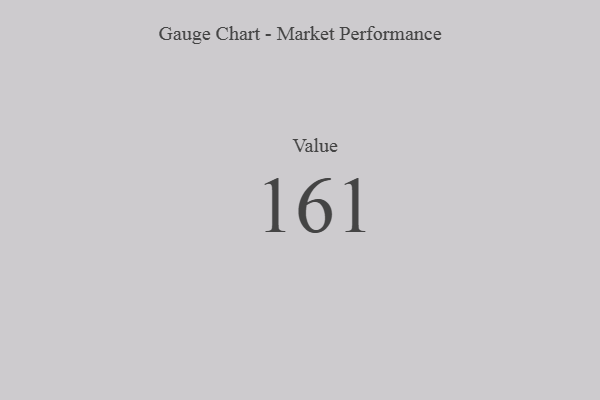
{"axis": {"x": "Metric", "y": "Value"}, "legend": [""], "data": [{"x": "Value", "y": 161, "type": ""}]}